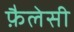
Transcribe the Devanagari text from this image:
फ़ैलेसी